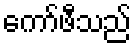
ကော်ဖီသည်